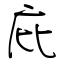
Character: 庇